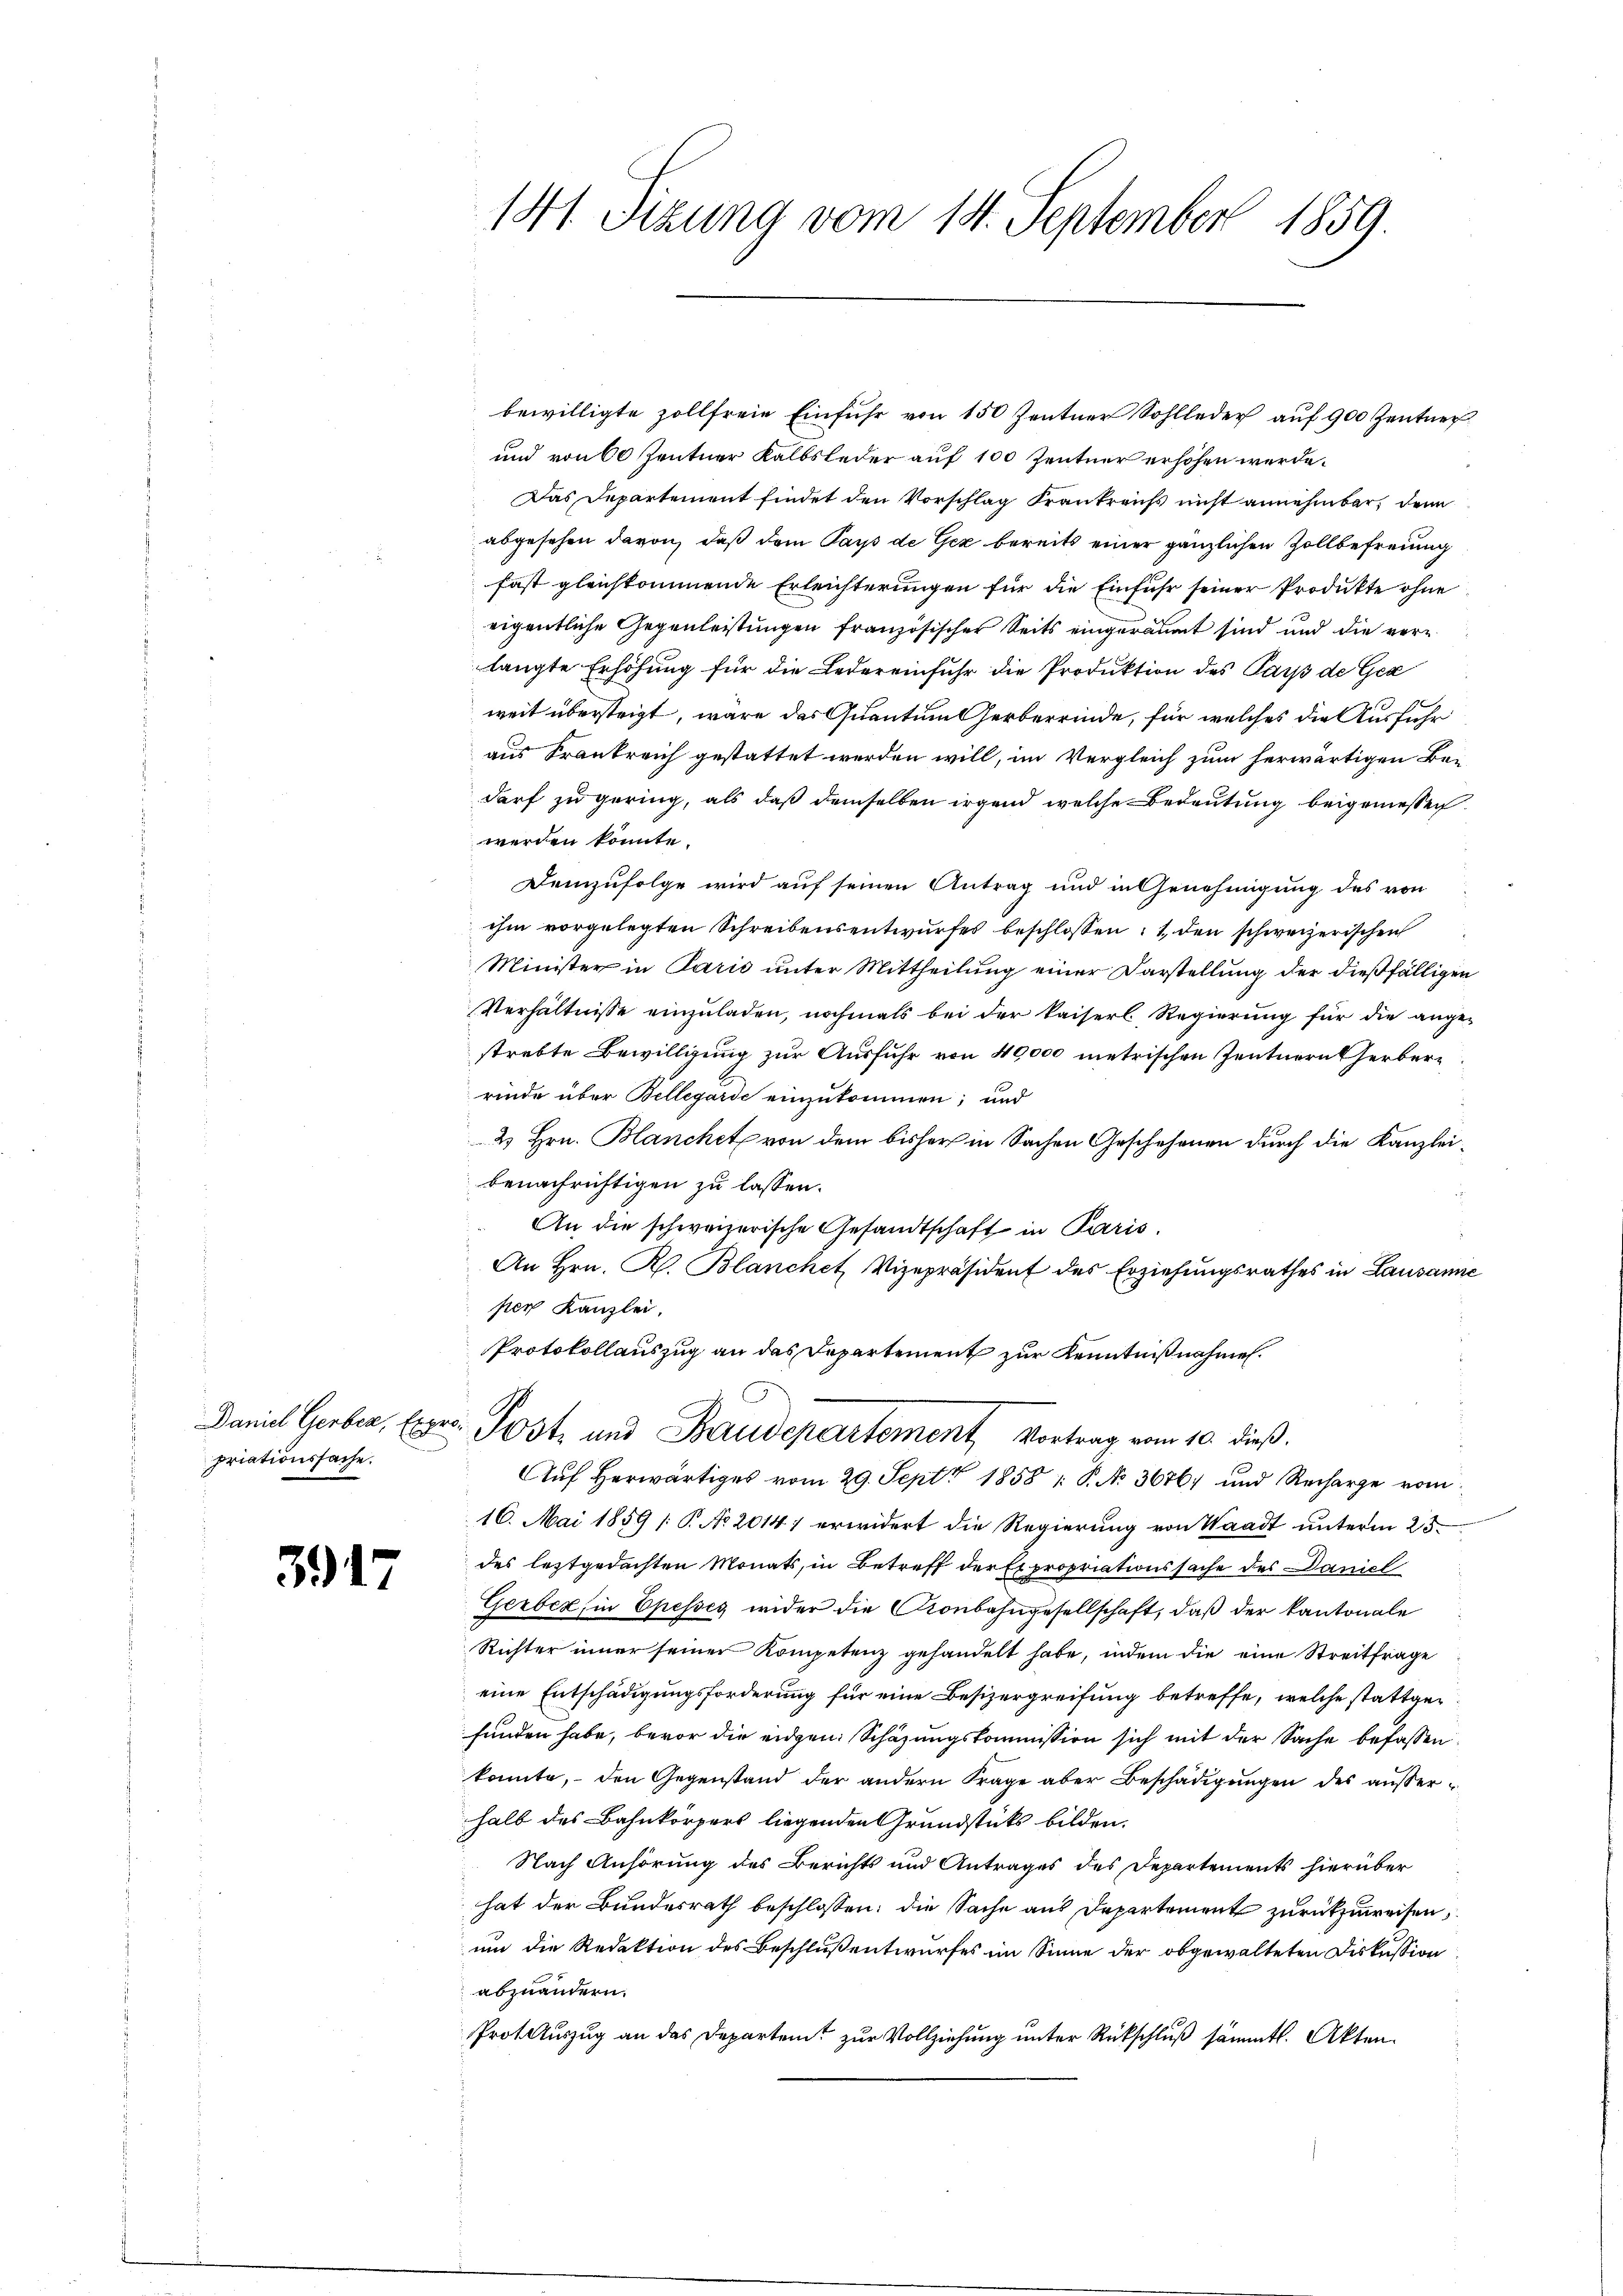
priationssache.

3917

bewilligte zollfreie Einfuhr von 150 Zentner Sohlleder auf 900 Zentner
und von 60 Zentner Kalbsleder auf 100 Zentner erhöhen werde.
Das Departement findet den Vorschlag Frankreichs nicht annehmbar, denn
abgesehen davon, daß dem Pays de Gez bereits einer gänzlichen Zollbefreiung
fast gleichkommende Erleichterungen für die Einfuhr seiner Produkte ohne
eigentliche Gegenleistungen französischer Seits eingeräumt sind und die vorlangte Erhöhung für die Ledereinfuhr die Produktion des Parp de Gege
weit übersteigt, wäre das Quantumserberrinde, für welches die Ausführ
aus Frankreich gestattet werden will, im Vergleich zum herwärtigen Be-
darf zu gering, als daß demselben irgend welche Bedeutung beigemessen.
werden könnte.
Demzufolge wird auf seinen Antrag und in Genehmigung des von
ihm vorgelegten Schreibensentwurfes beschlossen: 1., den schweizerischen
Minister in Paris unter Mittheilung einer Darstellung der dießfälligen
Verhältnisse einzuladen, nochmals bei der kaiserl. Regierung für die angestrebte Bewilligung zur Ausfuhr von 40,000 metrischen Zentnern Gerberrinde über Bellegarde einzukommen; und
2 Hrn. Blanchet von dem bisher in Sachen Geschehenen durch die Kanzleibenachrichtigen zu lassen.
An die schweizerische Gesandtschaft in Paris.
An Hrn. R. Blanchet, Vizepräsident des Erziehungsrathes in Lausanne
ser Kanzlei,
Protokollauszug an das Departement zur Kenntnißnahmen.

141. Sizung vom 14. September 1859.

Daniel Gerber, Er. Post und Baudepartement, Vortrag vom 10. dieß.

Auf herwärtiges vom 29. Sept 1858 / P. No 3676) und Recharge vom
16. Mai 1859 /: P. No 2014) erwidert die Regierung von Waadt unterm 25.
des letztgedachten Monats, in Betreff der Expropriationssache des Daniel
Gerbez, in Epesses wider die Kronbahngesellschaft, daß der Kantonale
Richter iner seiner Kompetenz gehandelt habe, indem die eine Streitfrage
eine Entschädigungsforderung für eine Besizergreifung betreffe, welche stattgefunden habe, bevor die eidgen. Schazungskommission sich mit der Sache befassen
konnte, – den Gegenstand der andern Frage aber Beschädigungen des außerhalb des Bahnkörpers liegenden Grundstücks bilden.
Nach Anhörung des Berichts und Antrages des Departements hierüber
hat der Bundesrath beschlossen: die Sache aus Departement zurückzuweisen,
um die Redaktion des Beschluß entwurfes im Sinne der obgewalteten Diskussion
abzuändern.
Prot. Auszug an das Departent zur Vollziehung unter Rückschluß sämmtl. Akten.